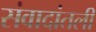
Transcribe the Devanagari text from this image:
संवादांतली